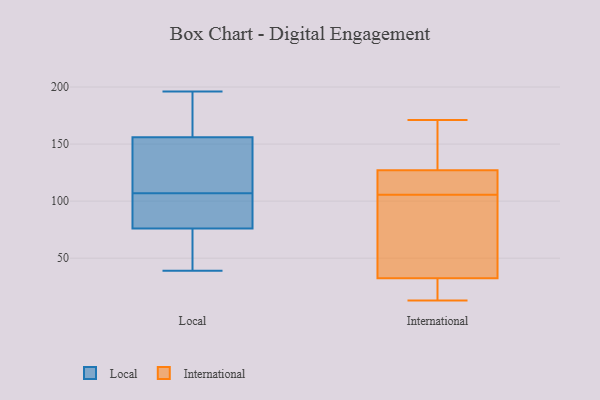
{"axis": {"x": "Churn Rate (%)", "y": "Value"}, "legend": ["International", "Local"], "data": [{"x": "", "y": 77, "type": "Local"}, {"x": "", "y": 115, "type": "Local"}, {"x": "", "y": 117, "type": "Local"}, {"x": "", "y": 86, "type": "Local"}, {"x": "", "y": 143, "type": "Local"}, {"x": "", "y": 106, "type": "Local"}, {"x": "", "y": 75, "type": "Local"}, {"x": "", "y": 167, "type": "Local"}, {"x": "", "y": 156, "type": "Local"}, {"x": "", "y": 39, "type": "Local"}, {"x": "", "y": 196, "type": "Local"}, {"x": "", "y": 51, "type": "Local"}, {"x": "", "y": 171, "type": "Local"}, {"x": "", "y": 108, "type": "Local"}, {"x": "", "y": 91, "type": "Local"}, {"x": "", "y": 76, "type": "Local"}, {"x": "", "y": 73, "type": "Local"}, {"x": "", "y": 195, "type": "Local"}, {"x": "", "y": 171, "type": "International"}, {"x": "", "y": 114, "type": "International"}, {"x": "", "y": 132, "type": "International"}, {"x": "", "y": 13, "type": "International"}, {"x": "", "y": 28, "type": "International"}, {"x": "", "y": 30, "type": "International"}, {"x": "", "y": 37, "type": "International"}, {"x": "", "y": 35, "type": "International"}, {"x": "", "y": 160, "type": "International"}, {"x": "", "y": 107, "type": "International"}, {"x": "", "y": 104, "type": "International"}, {"x": "", "y": 122, "type": "International"}]}